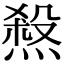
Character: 𤍁